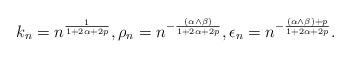
LaTeX: \begin{align*}k_n = n^{\frac{1}{1+2\alpha+2p}}, \rho_n = n^{-\frac{(\alpha \wedge \beta)}{1+2\alpha+2p}}, \epsilon_n = n^{-\frac{(\alpha \wedge \beta)+p}{1+2\alpha+2p}}.\end{align*}